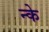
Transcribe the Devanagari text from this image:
न्के